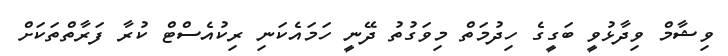
ވިޝާމް ވިދާޅުވީ ބަގީގެ ހިދުމަތް މިވަގުތު ދޭނީ ހަމައެކަނި ރިކުއެސްޓް ކުރާ ފަރާތްތަކަށް